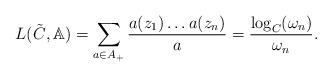
LaTeX: \begin{align*}L(\tilde{C},\mathbb{A})=\sum_{a\in A_{+}}\frac{a(z_1)\dots a(z_n)}{a}=\frac{\log_{C}(\omega_n)}{\omega_{n}}.\end{align*}